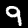
Label: 9